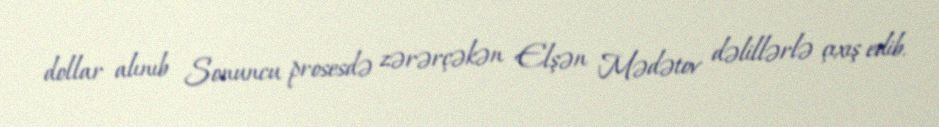
dollar alınıb Sonuncu prosesdə zərərçəkən Elşən Mədətov dəlillərlə çıxış edib.